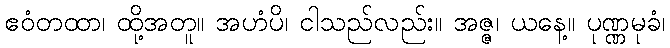
ဧဝံတထာ၊ ထို့အတူ။ အဟံပိ၊ ငါသည်လည်း။ အဇ္ဇ၊ ယနေ့။ ပုဏ္ဏမုခံ၊